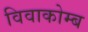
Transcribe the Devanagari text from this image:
विवाकोम्ब